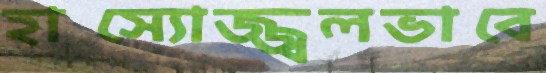
হাস্যোজ্জ্বলভাবে